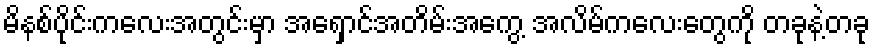
မိနစ်ပိုင်းကလေးအတွင်းမှာ အရှောင်အတိမ်းအကွေ့ အလိမ်ကလေးတွေကို တခုနဲ့တခု